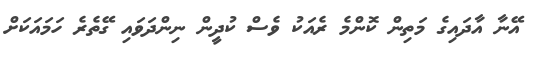
އޭނާ އާދައިގެ މަތިން ކޮންމެ ރެއަކު ވެސް ކުދީން ނިންދަވައި ގޭތެރެ ހަމައަކަށް